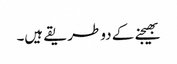
بھیجنے کے دو طریقے ہیں۔